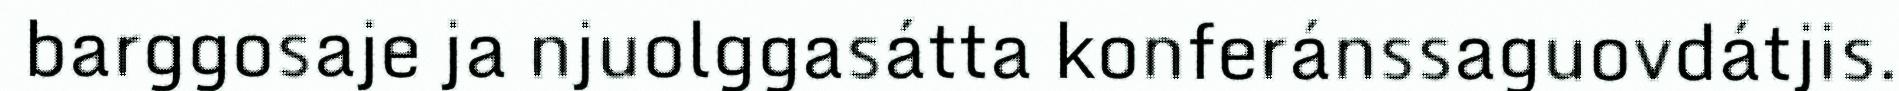
barggosaje ja njuolggasátta konferánssaguovdátjis.